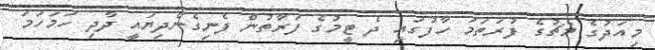
މިއަދުގެ މެޗުގެ ފުރަތަމަ ހާފުގައި ދެ ޓީމުގެ ފަރާތުން ފެނިގެންދިޔައީ ދާދި ހަމަހަމަ